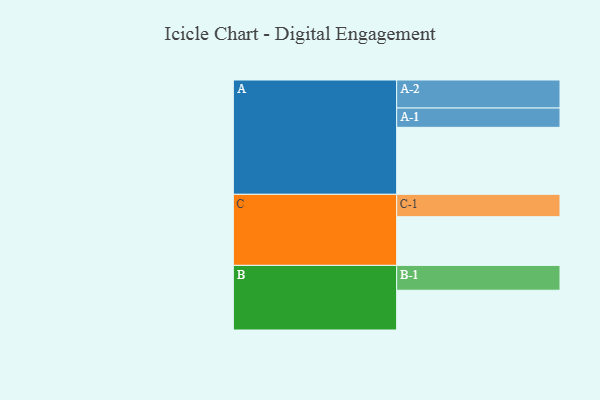
{"axis": {"x": "Segment", "y": "Value"}, "legend": ["", "A", "B", "C"], "data": [{"x": "A", "y": 593, "type": ""}, {"x": "B", "y": 352, "type": ""}, {"x": "C", "y": 431, "type": ""}, {"x": "A-1", "y": 171, "type": "A"}, {"x": "A-2", "y": 248, "type": "A"}, {"x": "B-1", "y": 220, "type": "B"}, {"x": "C-1", "y": 198, "type": "C"}]}